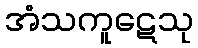
အံသကူဋေသု